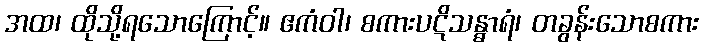
အထ၊ ထိုသို့ရသောကြောင့်။ ဧကံဝါ၊ စကားပဋိသန္ဓာရံ၊ တခွန်းသောစကား